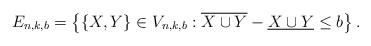
LaTeX: \begin{align*}E_{n,k,b}=\left\{\{X,Y\} \in V_{n,k,b}: \overline{X\cup Y}- \underline{X\cup Y}\leq b\right\}.\end{align*}